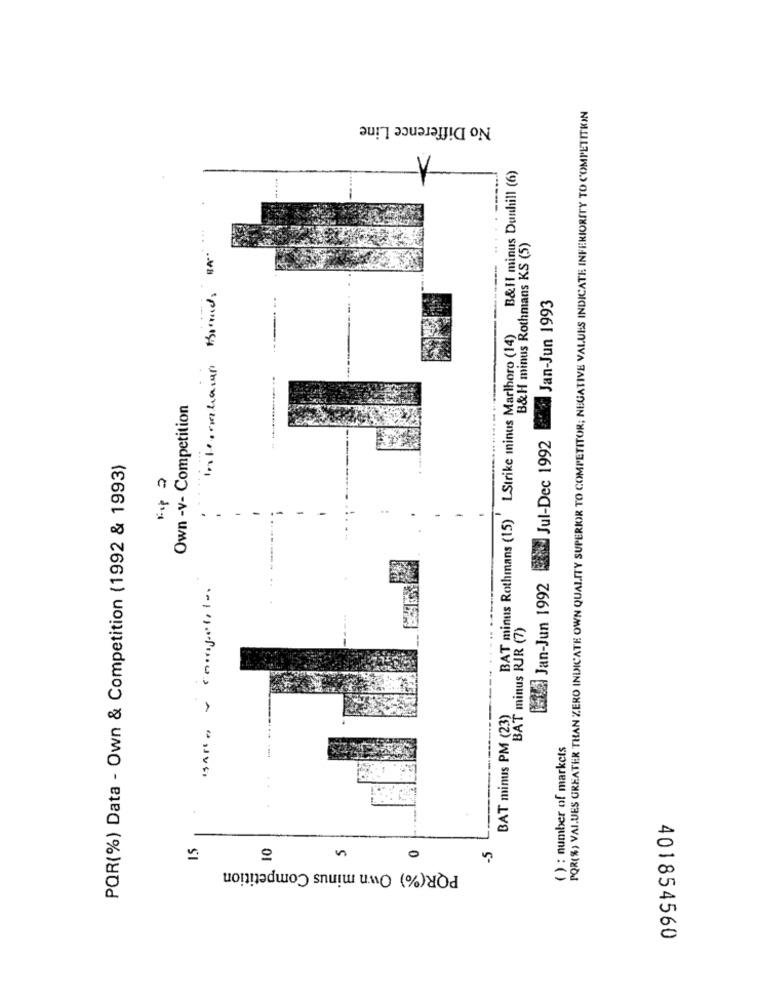
POR(%) VAI.UES GREATER THAN ZERO INDICATE OWN QUALITY SUPERIOR TO COMPETITOR; NEGATIVE VALUES INDICATE INFERIORITY TO COMPETITION
No Difference Line
B&Il minus Dunhill (6)
International Brand, BA
B&H minus Rothmans KS (5)
Jan-Jun 1993
BAT minus Rothmans (15) LStrike minus Marlboro (14)
Own -v- Competition
bai Jan-Jun 1992 wd Jul-Dec 1992
POR(%) Data - Own & Competition (1992 & 1993)
Fip a
-
BAT minus RJR (7)
BAT minus PM (23)
( ) : number of markets
10
0
PQR(%) Own minus Competition
401854560